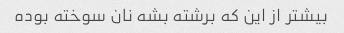
بیشتر از این که برشته بشه نان سوخته بوده